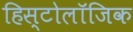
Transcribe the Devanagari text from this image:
हिस्टोलॉजिक